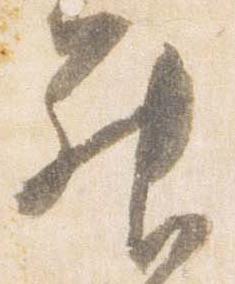
昇